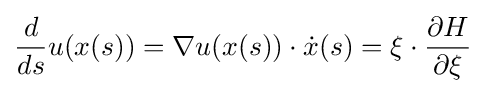
{\frac {d}{ds}}u(x(s))=\nabla u(x(s))\cdot {\dot {x}}(s)=\xi \cdot {\frac {\partial H}{\partial \xi }}